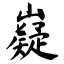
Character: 嶷